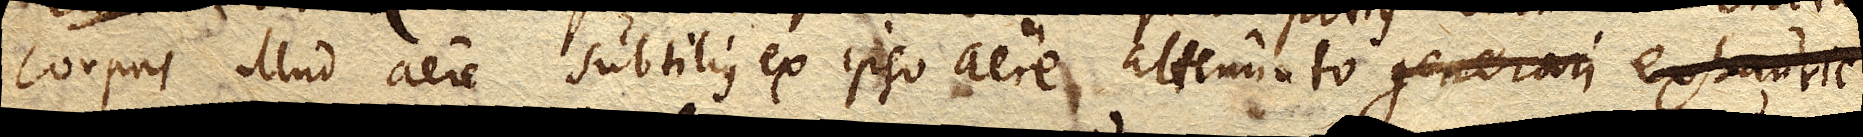
corpus illud aere subtilius ex ipso aere attenuato generari exhauriendo